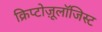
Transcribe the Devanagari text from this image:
क्रिप्टोज़ूलॉजिस्ट